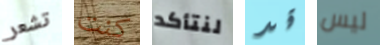
تشعر كنت لنتأكد قد ليس